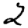
Digit: 2